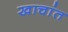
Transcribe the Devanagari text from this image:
खाचांत